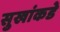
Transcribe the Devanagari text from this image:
सुखांकडे